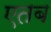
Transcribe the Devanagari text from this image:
एतब